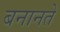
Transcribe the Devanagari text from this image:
बनानते